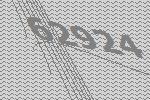
62924